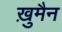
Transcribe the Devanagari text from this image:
ख़ुमैन